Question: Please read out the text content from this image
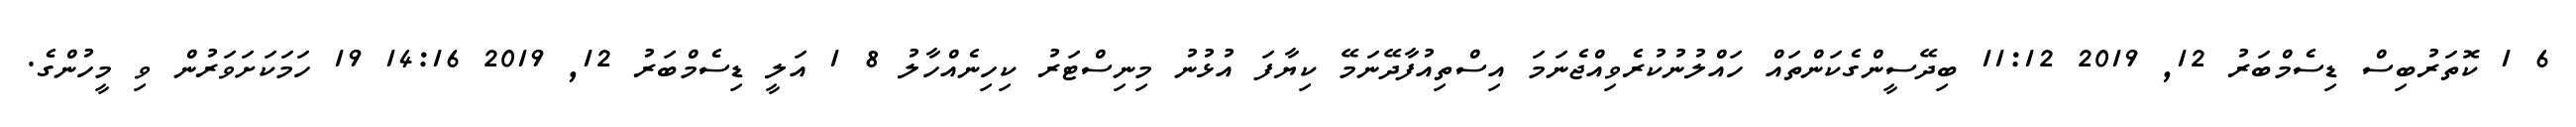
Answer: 6 1 ކޮތަރުބިސް ޑިސެމްބަރު 12, 2019 11:12 ބިދޭސީންގެކަންތައް ހައްލުނުކުރެވިއްޖެނަމަ އިސްތިއުފާދޭނަމޭ ކިޔާފަ އުޅުނު މިނިސްޓަރު ކިހިނެއްހާލު 8 1 އަލީ ޑިސެމްބަރު 12, 2019 14:16 19 ހަމަކަށަވަރުން ވި މީހުންގެ.